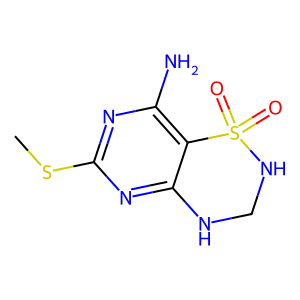
SMILES: CSc1nc(N)c2c(n1)NCNS2(=O)=O
Inhibits HIV replication: No